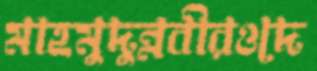
মাহমুদুন্নবীরওদে